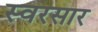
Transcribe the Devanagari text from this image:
स्वरसार